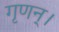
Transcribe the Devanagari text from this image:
गृणन्।